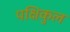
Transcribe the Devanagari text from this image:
पक्षिकुल